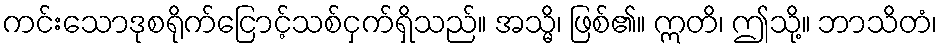
ကင်းသောဒုစရိုက်ငြောင့်သစ်ငှက်ရှိသည်။ အသ္မိ၊ ဖြစ်၏။ ဣတိ၊ ဤသို့။ ဘာသိတံ၊